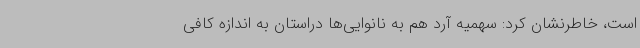
است، خاطرنشان کرد: سهمیه آرد هم به نانوایی‌ها دراستان به اندازه کافی